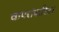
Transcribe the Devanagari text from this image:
वापरांकरिता